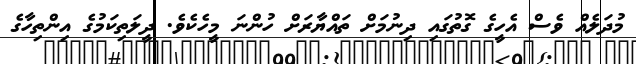
މުދަލެއް ވެސް އެހީގެ ގޮތުގައި ދިނުމަށް ތައްޔާރަށް ހުންނަ މީހެކެވެ. ދީލަތިކަމުގެ އިންތިހާގެ